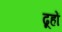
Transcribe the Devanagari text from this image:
ढूहों